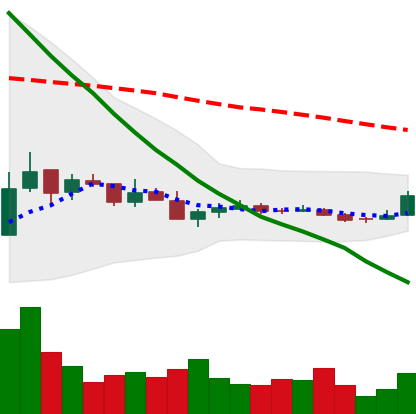
Ticker: TRX-USD
Chart end date: 2018-12-17
Forward return: 47.43%
Label: up_7plus